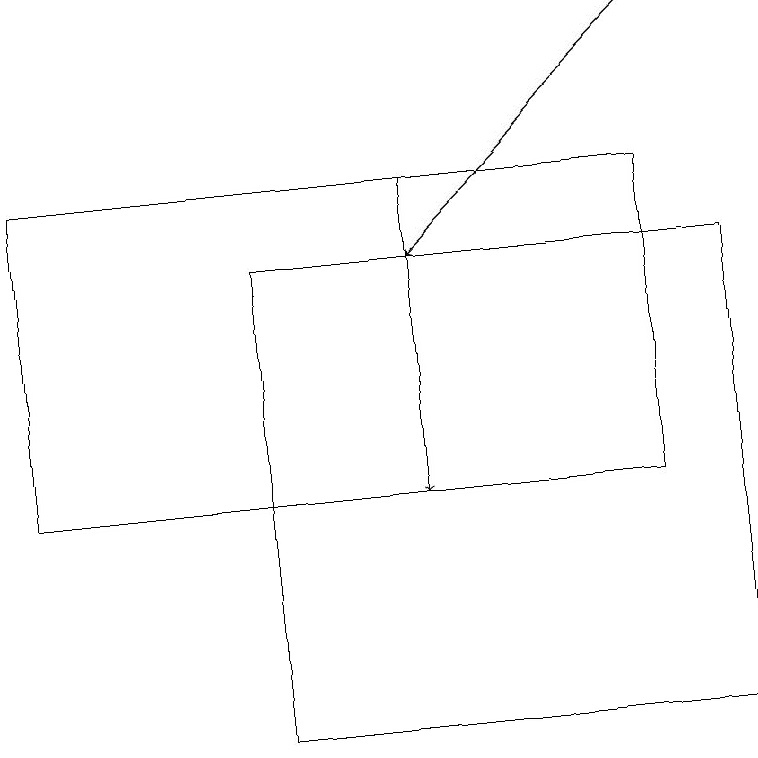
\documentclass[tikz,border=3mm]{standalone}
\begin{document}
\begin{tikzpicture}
\draw (3,16) rectangle (9,10);
\draw[->] (5,17) -- (5,13);
\draw (8,17) rectangle (0,13);
\draw[->] (8,19) -- (5,16);
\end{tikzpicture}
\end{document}